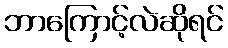
ဘာကြောင့်လဲဆိုရင်